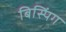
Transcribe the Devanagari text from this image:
बिस्पिंग